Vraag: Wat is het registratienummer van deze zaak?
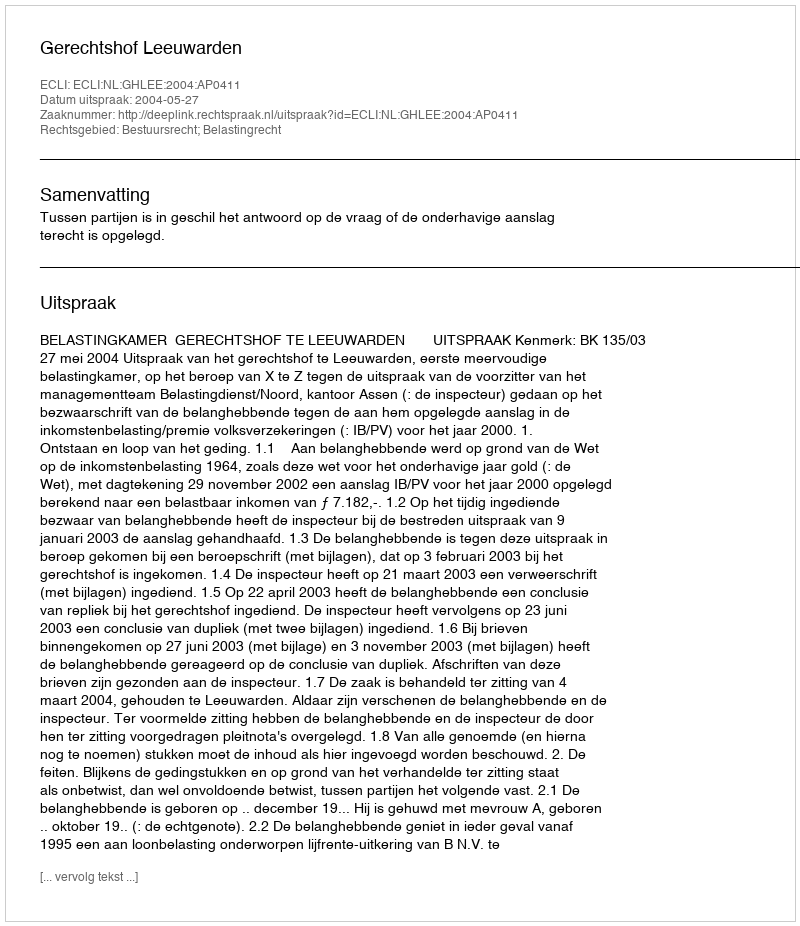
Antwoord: http://deeplink.rechtspraak.nl/uitspraak?id=ECLI:NL:GHLEE:2004:AP0411